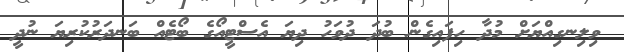
ވިލިނގިއްޔަށް މުދާ ހިފައިގެން ބުދަ ދުވަހު ދިޔަ އެސްޓީއޯގެ ބޯޓެއް ބަނދަރުކުރިޔަ ނުދީ